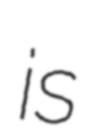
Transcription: is